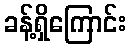
ခန့်ရှိကြောင်း